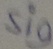
Text: Sig